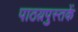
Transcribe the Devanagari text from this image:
पाठय़पुस्तकें